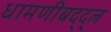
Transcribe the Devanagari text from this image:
धामणीबद्द्ल